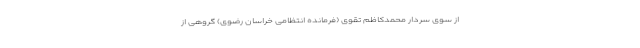
از سوی سردار محمدکاظم تقوی (فرمانده انتظامی خراسان رضوی) گروهی از